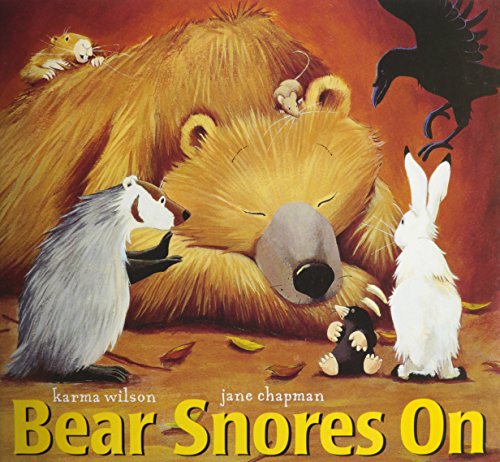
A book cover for Bear Snores On (Storytown); HARCOURT SCHOOL PUBLISHERS; Reference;